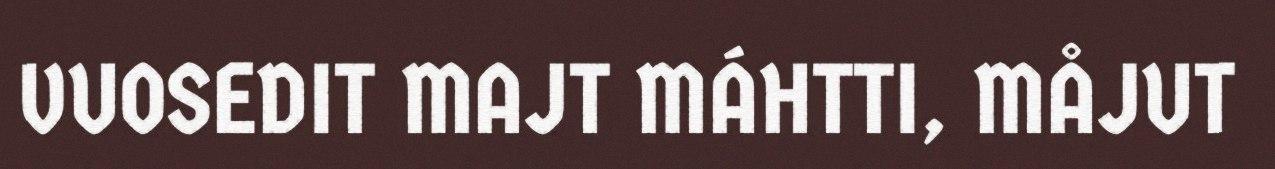
VUOSEDIT MAJT MÁHTTI, MÅJUT